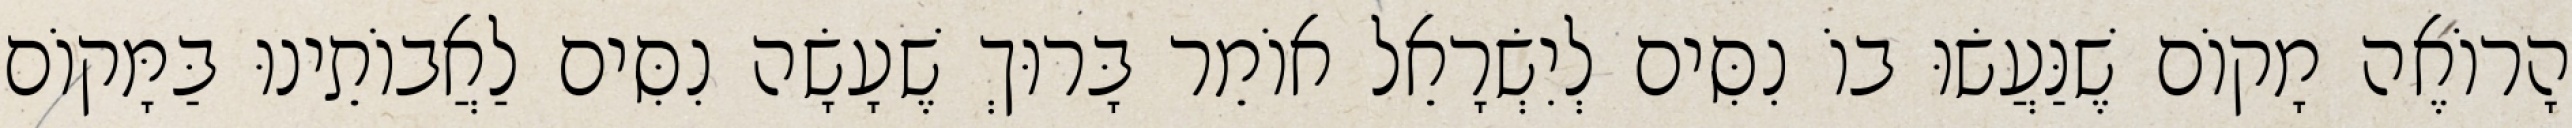
הָרוֹאֶה מָקוֹם שֶׁנַּעֲשׂוּ בוֹ נִסִּים לְיִשְׂרָאֵל אוֹמֵר בָּרוּךְ שֶׁעָשָׂה נִסִּים לַאֲבוֹתֵינוּ בַּמָּקוֹם